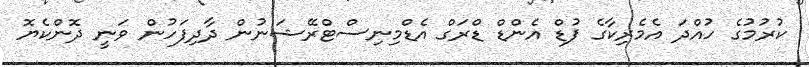
ކުރުމުގެ ހުއްދަ އެމެރިކާގެ ފުޑް އެންޑް ޑްރަގް އެޑްމިނިސްޓްރޭޝަނުން ދާދިފަހުން ވަނީ ދޮންކެޔޮ